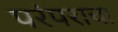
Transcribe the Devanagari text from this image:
परंपराचा